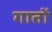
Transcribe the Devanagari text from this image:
गातों